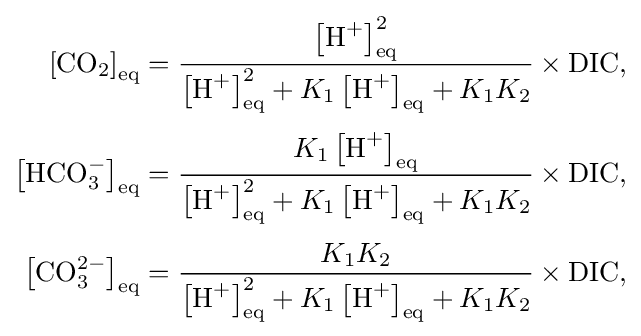
{\begin{aligned}[]\left[{\textrm {CO}}_{2}\right]_{\text{eq}}&={\frac {\left[{\textrm {H}}^{+}\right]_{\text{eq}}^{2}}{\left[{\textrm {H}}^{+}\right]_{\text{eq}}^{2}+K_{1}\left[{\textrm {H}}^{+}\right]_{\text{eq}}+K_{1}K_{2}}}\times {\textrm {DIC}},\\[3pt]\left[{\textrm {HCO}}_{3}^{-}\right]_{\text{eq}}&={\frac {K_{1}\left[{\textrm {H}}^{+}\right]_{\text{eq}}}{\left[{\textrm {H}}^{+}\right]_{\text{eq}}^{2}+K_{1}\left[{\textrm {H}}^{+}\right]_{\text{eq}}+K_{1}K_{2}}}\times {\textrm {DIC}},\\[3pt]\left[{\textrm {CO}}_{3}^{2-}\right]_{\text{eq}}&={\frac {K_{1}K_{2}}{\left[{\textrm {H}}^{+}\right]_{\text{eq}}^{2}+K_{1}\left[{\textrm {H}}^{+}\right]_{\text{eq}}+K_{1}K_{2}}}\times {\textrm {DIC}},\end{aligned}}